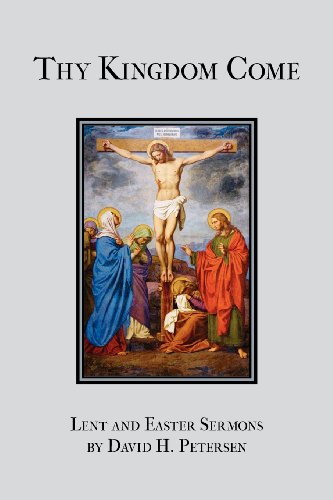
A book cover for Thy Kingdom Come: Lent and Easter Sermons by David H. Petersen; David H. Petersen; Literature & Fiction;